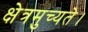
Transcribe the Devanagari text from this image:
क्षेत्रमुच्यते।